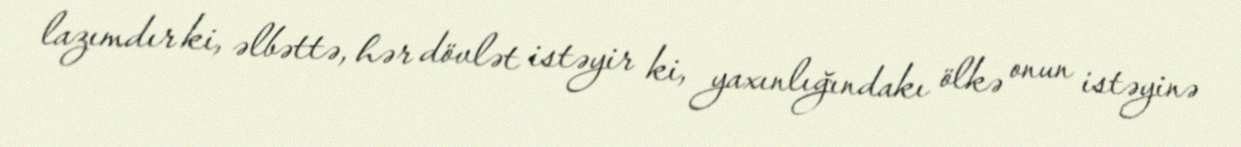
lazımdır ki, əlbəttə, hər dövlət istəyir ki, yaxınlığındakı ölkə onun istəyinə